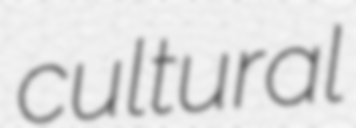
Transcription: cultural